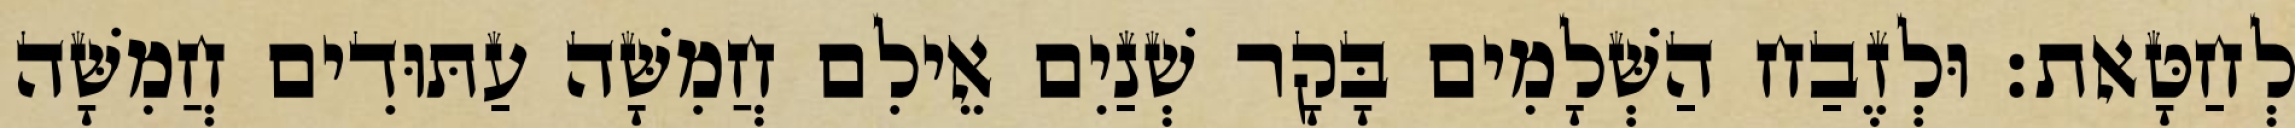
לְחַטָּאת׃ וּלְזֶבַח הַשְּׁלָמִים בָּקָר שְׁנַיִם אֵילִם חֲמִשָּׁה עַתּוּדִים חֲמִשָּׁה